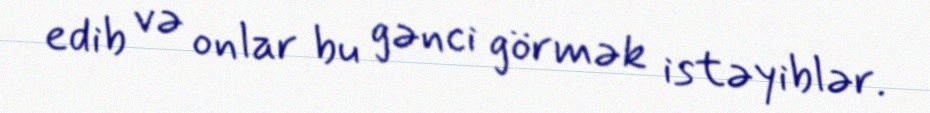
edib və onlar bu gənci görmək istəyiblər.